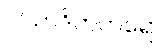
ပါသာဒိကတရော